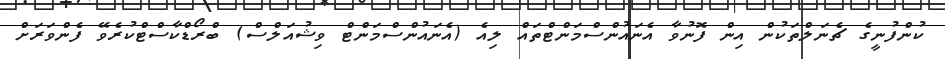
ކުންފުނީގެ ޗެނަލްތަކުން އިން ފޮނުވާ އެނައުންސްމަންޓްތައް ލިއެ (އެނައުންސްމަންޓް ވިޝުއަލްސް) ބްރޯޑްކާސްޓްކުރެވޭ ފެންވަރަށް